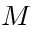
M